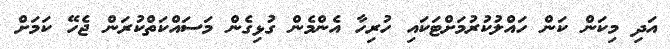
އަދި މިކަން ކަން ހައްލުކުރުމަށްޓަކައި ހުރިހާ އެންމެން ގުޅިގެން މަސައްކަތްކުރަން ޖެހޭ ކަމަށް